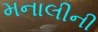
મનાલીની